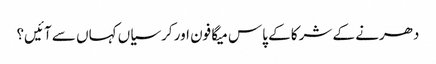
دھرنے کے شرکا کے پاس میگا فون اور کرسیاں کہاں سے آئیں؟